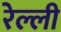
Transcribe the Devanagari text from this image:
रेल्ली